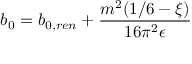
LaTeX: b _ { 0 } = b _ { 0 , r e n } + { \frac { m ^ { 2 } ( 1 / 6 - \xi ) } { 1 6 \pi ^ { 2 } \epsilon } }